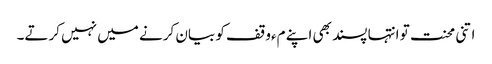
اتنی محنت تو انتہا پسند بھی اپنے مءوقف کو بیان کرنے میں نہیں کرتے۔